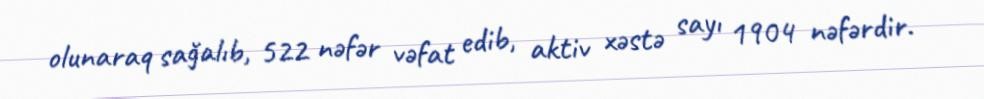
olunaraq sağalıb, 522 nəfər vəfat edib, aktiv xəstə sayı 1904 nəfərdir.